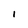
Character: 1